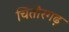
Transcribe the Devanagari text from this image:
चितौरगढ़